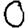
Digit: 0